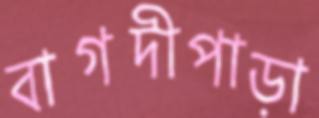
বাগদীপাড়া